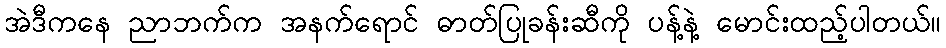
အဲဒီကနေ ညာဘက်က အနက်ရောင် ဓာတ်ပြုခန်းဆီကို ပန့်နဲ့ မောင်းထည့်ပါတယ်။